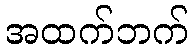
အထက်ဘက်